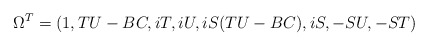
\begin{align*}\Omega^T = (1, TU - BC, iT, iU, iS(TU - BC), iS, -SU, -ST)\end{align*}